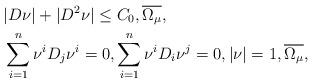
LaTeX: \begin{align*}&|D \nu| + |D^2 \nu| \leq C_0, \overline{\Omega_{ \mu}}, \\&\sum_{i=1}^n \nu^i D_j \nu^i =0, \sum_{i=1}^n \nu^i D_i \nu^j =0, |\nu| =1, \overline{\Omega_{\mu}},\end{align*}